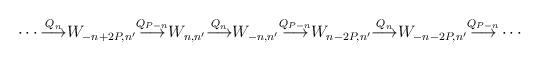
LaTeX: \begin{align*}\cdots{\buildrel Q_{n}\over\longrightarrow}W_{-n+2P,n'}{\buildrel Q_{P-n}\over\longrightarrow}W_{n,n'}{\buildrel Q_{n}\over\longrightarrow}W_{-n,n'}{\buildrel Q_{P-n}\over\longrightarrow}W_{n-2P,n'}{\buildrel Q_{n}\over\longrightarrow}W_{-n-2P,n'}{\buildrel Q_{P-n}\over\longrightarrow}\cdots\end{align*}